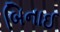
બિનાઈ